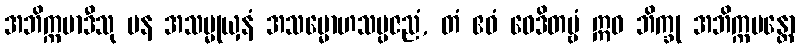
အဘိက္ကမာဒီသု ပန အသမ္မုယှနံ အသမ္မောဟသမ္ပဇညံ, တံ ဧဝံ ဝေဒိတဗ္ဗံ ဣဓ ဘိက္ခု အဘိက္ကမန္တော